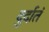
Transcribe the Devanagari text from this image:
दुर्दातं